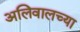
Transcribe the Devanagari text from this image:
अलिवालच्या